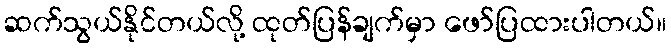
ဆက်သွယ်နိုင်တယ်လို့ ထုတ်ပြန်ချက်မှာ ဖော်ပြထားပါတယ်။